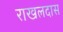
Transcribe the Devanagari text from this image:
राखलदास